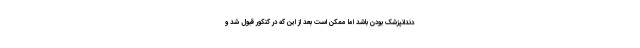
دندانپزشک بودن باشد اما ممکن است بعد از این که در کنکور قبول شد و